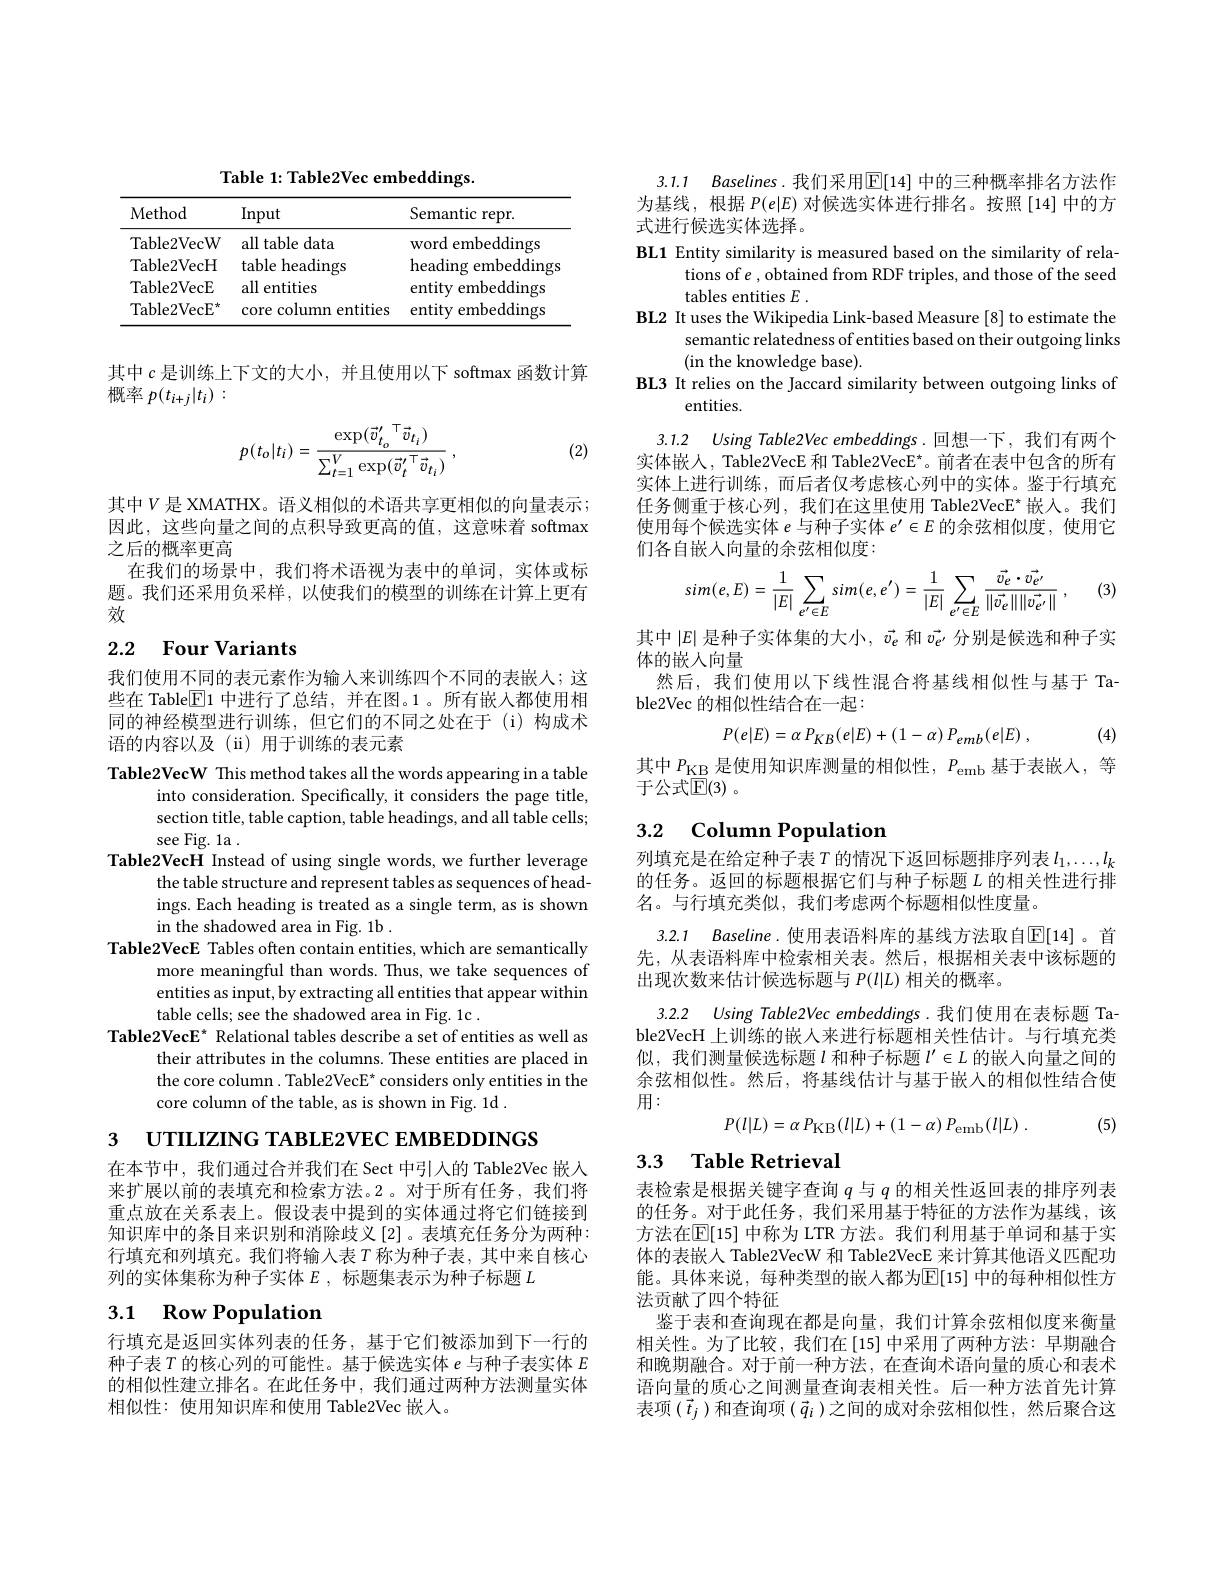
Table 1: Table2Vec embeddings.

<table>
	<tbody>
		<tr>
			<th>Method</th>
			<th>Input</th>
			<th>Semantic :repr.</th>
		</tr>
		<tr>
			<td>${\mathrm{Table2VecW}}$</td>
			<td>all table data</td>
			<td>word embeddings</td>
		</tr>
		<tr>
			<td>Table2VecH</td>
			<td>table headings</td>
			<td>heading embeddings</td>
		</tr>
		<tr>
			<td>Table2VecE</td>
			<td>all $1f$ entities </td>
			<td>entity embeddings</td>
		</tr>
		<tr>
			<td>Table2VecE</td>
			<td>core column entities</td>
			<td>entity embeddings</td>
		</tr>
	</tbody>
</table>

其中$c$是训练上下文的大小，并且使用以下 softmax 函数计算
概率$p(t_{i+j}|t_i):$
$$p(t_{o}|t_{i})=\frac{\exp(\vec{v}_{t_{o}}^{\prime\:\top}\vec{v}_{t_{i}})}{\sum_{t=1}^{V}\exp(\vec{v}_{t}^{\prime\:\top}\vec{v}_{t_{i}})}\:,$$
(2)

其中$V$ 是 XMATHX。语义相似的术语共享更相似的向量表示； 因此，这些向量之间的点积导致更高的值，这意味着 softmax 之后的概率更高
在我们的场景中，我们将术语视为表中的单词，实体或标题。我们还采用负采样，以使我们的模型的训练在计算上更有效

# 2.2 Four Variants

我们使用不同的表元素作为输入来训练四个不同的表嵌人；这些在 Table$\boxed{\mathrm{E}}1$中进行了总结，并在图。1。所有嵌入都使用相同的神经模型进行训练，但它们的不同之处在于(i)构成术语的内容以及(ii)用于训练的表元素

Table2VecW This method takes all the words appearing in a table
into consideration. Specifically, it considers the page title, section title, table caption, table headings, and all table cells; see Fig. la .
Table2VecH Instead of using single words, we further leverage
the table structure and represent tables as sequences of headings. Each heading is treated as a single term, as is shown in the shadowed area in Fig. 1b .
Table2VecE Tables often contain entities, which are semantically
more meaningful than words. Thus, we take sequences of entities as input, by extracting all entities that appear within table cells; see the shadowed area in Fig. 1c .
Table2VecE* Relational tables describe a set of entities as well as
their attributes in the columns. These entities are placed in the core column. Table2VecE* considers only entities in the core column of the table, as is shown in Fig. 1d .

3 UTILIZING TABLE2VEC EMBEDDINGS

在本节中，我们通过合并我们在 Sect 中引人的 Table2Vec 嵌人来扩展以前的表填充和检索方法。2。对于所有任务，我们将重点放在关系表上。假设表中提到的实体通过将它们链接到知识库中的条目来识别和消除歧义[2]。表填充任务分为两种： 行填充和列填充。我们将输入表$T$称为种子表，其中来自核心列的实体集称为种子实体$E$,标题集表示为种子标题$L$

# 3.1 Row Population

行填充是返回实体列表的任务，基于它们被添加到下一行的种子表$T$的核心列的可能性。基于候选实体$e$与种子表实体 E 的相似性建立排名。在此任务中，我们通过两种方法测量实体相似性：使用知识库和使用 Table2Vec 嵌入。

3.1.1 Baselines.我们采用$\overline{\mathbb{E}}[14]$ 中的三种概率排名方法作为基线，根据$P(e|E)$对候选实体进行排名。按照[14]中的方式进行候选实体选择。

BL1 Entity similarity is measured based on the similarity of rela-
tions of $e$ , obtained from RDF triples, and those of the seed
tables entities $E$
BL2 It uses the Wikipedia Link-based Measure [8] to estimate the
semantic relatedness of entities based on their outgoing links
(in the knowledge base).
BL3 It relies on the Jaccard similarity between outgoing links of
entities.

3.1.2 Using Table2Vec embeddings. 回想一下，我们有两个

实体嵌人，Table2VecE 和 Table2VecE*。前者在表中包含的所有实体上进行训练，而后者仅考虑核心列中的实体。鉴于行填充任务侧重于核心列，我们在这里使用 Table2VecE* 嵌人。我们使用每个候选实体$e$与种子实体$e^\prime\in E$的余弦相似度，使用它们各自嵌入向量的余弦相似度：

(3)
$$sim(e,E)=\frac{1}{|E|}\sum_{e'\in E}sim(e,e')=\frac{1}{|E|}\sum_{e'\in E}\frac{\vec{v_{e}}\cdot\vec{v_{e'}}}{\|\vec{v_{e}}\|\|\vec{v_{e'}}\|}\:,$$
其中$|E|$是种子实体集的大小，$\vec{v_e}$和$\vec{v_e}$分别是候选和种子实
体的嵌人向量
然后，我们使用以下线性混合将基线相似性与基于 Ta-
ble2Vec 的相似性结合在一起：
$$P(e|E)=\alpha\:P_{KB}(e|E)+(1-\alpha)\:P_{emb}(e|E)\:,$$
(4)

其中$P_\mathrm{KB}$是使用知识库测量的相似性，$P_\mathrm{emb}$基于表嵌入，等
于公式$\overline {\mathbb{E} }( 3)$ 。

## 3.2 Column Population

列填充是在给定种子表$T$ 的情况下返回标题排序列表 $l_1,\ldots,l_k$ 的任务。返回的标题根据它们与种子标题$L$的相关性进行排名。与行填充类似，我们考虑两个标题相似性度量。

3.2.1 Baseline. 使用表语料库的基线方法取自$\mathbb{E}[14]$。首先，从表语料库中检索相关表。然后，根据相关表中该标题的出现次数来估计候选标题与$P(l|L)$相关的概率。
3.2.2 Using Table2Vec embeddings.我们使用在表标题 Ta-

ble2VecH 上训练的嵌人来进行标题相关性估计。与行填充类似，我们测量候选标题$\iota$和种子标题$l^\prime\in L$的嵌入向量之间的余弦相似性。然后，将基线估计与基于嵌入的相似性结合使用：
$$P(l|L)=\alpha\:P_{\mathrm{KB}}(l|L)+(1-\alpha)\:P_{\mathrm{emb}}(l|L)\:.$$
(5)

## 3.3 $\textbf{Table Retrieval}$

表检索是根据关键字查询$q$与$q$的相关性返回表的排序列表的任务。对于此任务，我们采用基于特征的方法作为基线，该方法在$\mathbb{E}[15]$ 中称为 LTR 方法。我们利用基于单词和基于实体的表嵌人 Table2VecW 和 Table2VecE 来计算其他语义匹配功能。具体来说，每种类型的嵌入都为$\overline{\mathbb{E}}[15]$ 中的每种相似性方法贡献了四个特征
鉴于表和查询现在都是向量，我们计算余弦相似度来衡量相关性。为了比较，我们在[15]中采用了两种方法：早期融合和晚期融合。对于前一种方法，在查询术语向量的质心和表术语向量的质心之间测量查询表相关性。后一种方法首先计算表项$(\vec{t}_j)$和查询项$(\vec{q}_i)$之间的成对余弦相似性，然后聚合这